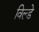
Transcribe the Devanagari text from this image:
विल्डे